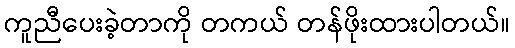
ကူညီပေးခဲ့တာကို တကယ် တန်ဖိုးထားပါတယ်။